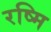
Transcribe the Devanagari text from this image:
रष्मि